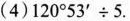
( 4 ) $$1 2 0 ^ {\circ} 5 3 ^{\prime}\div